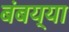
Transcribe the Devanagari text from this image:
बंबय्या